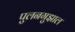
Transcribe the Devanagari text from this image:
पुलनगुझाल